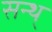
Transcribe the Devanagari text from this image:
सन्थ्